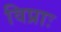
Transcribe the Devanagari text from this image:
विप्राः